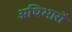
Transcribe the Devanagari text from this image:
अधिभारों